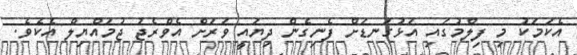
އެކަމަކު މި ފިލްމުގައި އަޅުގަނޑަށް ފެނިގެން ދިޔައީ ވަރަށް އެވްރެޖު ޖުމައްޔިލް އެކެވެ.